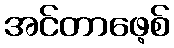
အင်တာဖေ့စ်